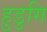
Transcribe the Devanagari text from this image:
हुडुगि